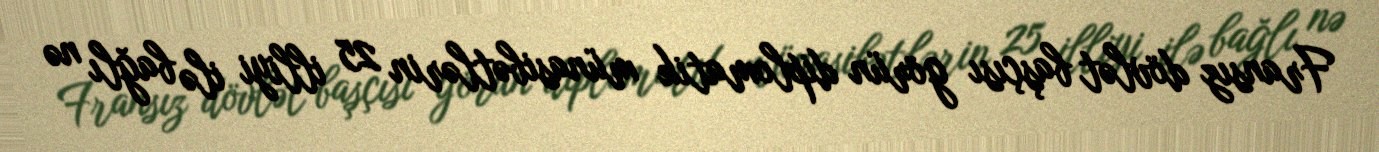
Fransız dövlət başçısı görün diplomatik münasibətlərin 25 illiyi ilə bağlı nə